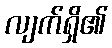
လျက်ရှိ၏